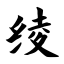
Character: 绫